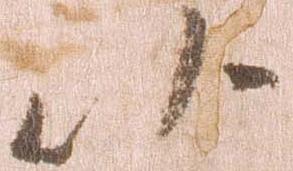
以